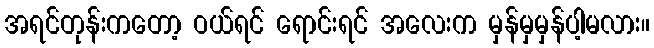
အရင်တုန်းကတော့ ဝယ်ရင် ရောင်းရင် အလေးက မှန်မှမှန်ပါ့မလား။